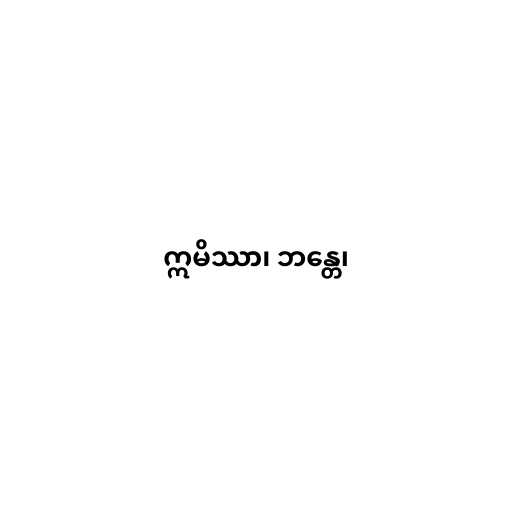
ဣမိဿာ၊ ဘန္တေ၊